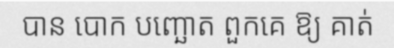
បាន បោក បញ្ឆោត ពួកគេ ឱ្យ គាត់